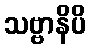
သဗ္ဗာနိပိ